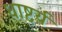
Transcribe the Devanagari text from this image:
धाष्टर्य